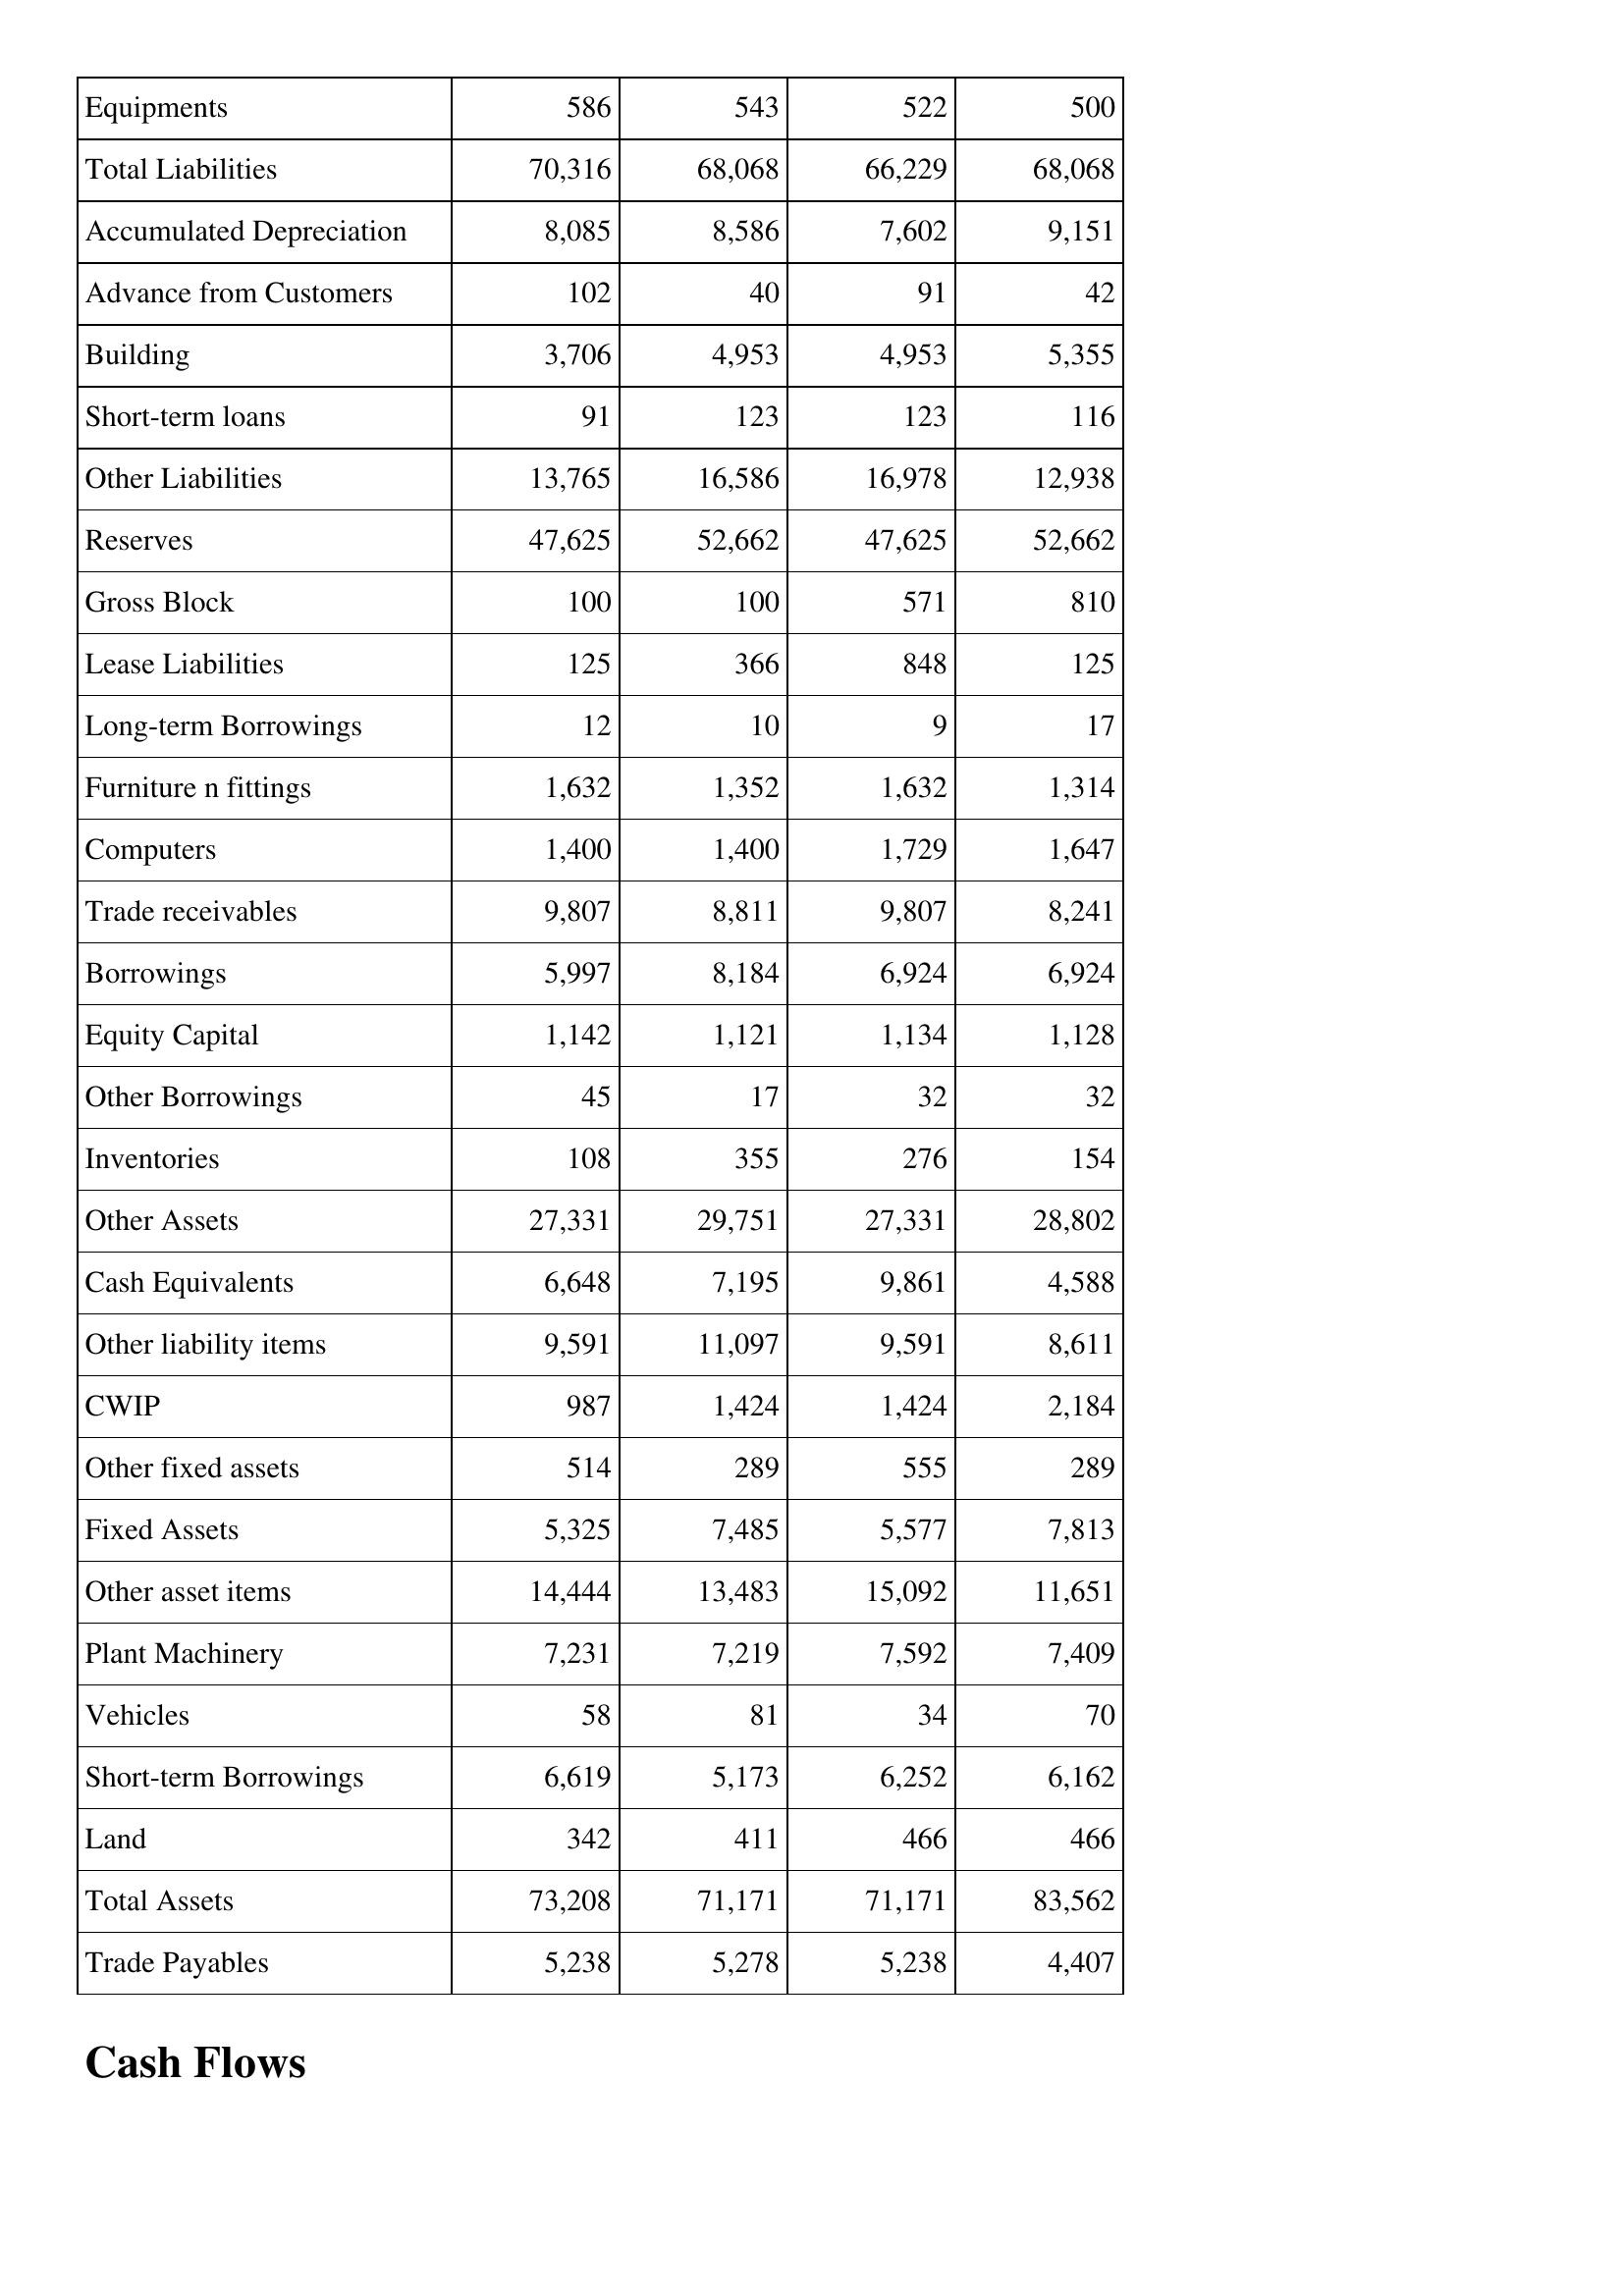
Aug-07: Balance Sheet: Equipments: 586
Total Liabilities: 70,316
Accumulated Depreciation: 8,085
Advance from Customers: 102
Building: 3,706
Short-term loans: 91
Other Liabilities: 13,765
Reserves: 47,625
Gross Block: 100
Lease Liabilities: 125
Long-term Borrowings: 12
Furniture n fittings: 1,632
Computers: 1,400
Trade receivables: 9,807
Borrowings: 5,997
Equity Capital: 1,142
Other Borrowings: 45
Inventories: 108
Other Assets: 27,331
Cash Equivalents: 6,648
Other liability items: 9,591
CWIP: 987
Other fixed assets: 514
Fixed Assets: 5,325
Other asset items: 14,444
Plant Machinery: 7,231
Vehicles: 58
Short-term Borrowings: 6,619
Land: 342
Total Assets: 73,208
Trade Payables: 5,238
Aug-08: Balance Sheet: Equipments: 543
Total Liabilities: 68,068
Accumulated Depreciation: 8,586
Advance from Customers: 40
Building: 4,953
Short-term loans: 123
Other Liabilities: 16,586
Reserves: 52,662
Gross Block: 100
Lease Liabilities: 366
Long-term Borrowings: 10
Furniture n fittings: 1,352
Computers: 1,400
Trade receivables: 8,811
Borrowings: 8,184
Equity Capital: 1,121
Other Borrowings: 17
Inventories: 355
Other Assets: 29,751
Cash Equivalents: 7,195
Other liability items: 11,097
CWIP: 1,424
Other fixed assets: 289
Fixed Assets: 7,485
Other asset items: 13,483
Plant Machinery: 7,219
Vehicles: 81
Short-term Borrowings: 5,173
Land: 411
Total Assets: 71,171
Trade Payables: 5,278
Aug-09: Balance Sheet: Equipments: 522
Total Liabilities: 66,229
Accumulated Depreciation: 7,602
Advance from Customers: 91
Building: 4,953
Short-term loans: 123
Other Liabilities: 16,978
Reserves: 47,625
Gross Block: 571
Lease Liabilities: 848
Long-term Borrowings: 9
Furniture n fittings: 1,632
Computers: 1,729
Trade receivables: 9,807
Borrowings: 6,924
Equity Capital: 1,134
Other Borrowings: 32
Inventories: 276
Other Assets: 27,331
Cash Equivalents: 9,861
Other liability items: 9,591
CWIP: 1,424
Other fixed assets: 555
Fixed Assets: 5,577
Other asset items: 15,092
Plant Machinery: 7,592
Vehicles: 34
Short-term Borrowings: 6,252
Land: 466
Total Assets: 71,171
Trade Payables: 5,238
Aug-10: Balance Sheet: Equipments: 500
Total Liabilities: 68,068
Accumulated Depreciation: 9,151
Advance from Customers: 42
Building: 5,355
Short-term loans: 116
Other Liabilities: 12,938
Reserves: 52,662
Gross Block: 810
Lease Liabilities: 125
Long-term Borrowings: 17
Furniture n fittings: 1,314
Computers: 1,647
Trade receivables: 8,241
Borrowings: 6,924
Equity Capital: 1,128
Other Borrowings: 32
Inventories: 154
Other Assets: 28,802
Cash Equivalents: 4,588
Other liability items: 8,611
CWIP: 2,184
Other fixed assets: 289
Fixed Assets: 7,813
Other asset items: 11,651
Plant Machinery: 7,409
Vehicles: 70
Short-term Borrowings: 6,162
Land: 466
Total Assets: 83,562
Trade Payables: 4,407